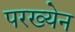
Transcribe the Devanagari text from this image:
परख्येन